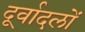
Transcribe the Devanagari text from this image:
दूर्वादलों